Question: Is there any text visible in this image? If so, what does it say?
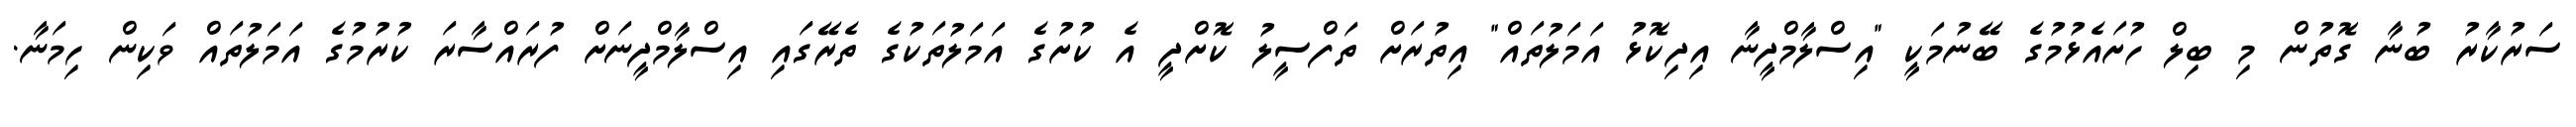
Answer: ސަރުކާރު ބުނާ ގޮތުން މި ބިލް ހުށައެޅުމުގެ ބޭނުމަކީ "އިސްލާމްދީނާ އިދިކޮޅު އަމަލުތައް" އިތުރަށް ތަފްސީލު ކޮށްދީ އެ ކުށުގެ އަމަލުތަކުގެ ތެރޭގައި އިސްލާމްދީނަށް ފުރައްސާރަ ކުރުމުގެ އަމަލުތައް ވަކިން ހިމަނާ.